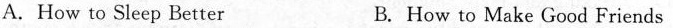
A. How to Sleep Better B. How to Make Good Friends